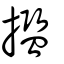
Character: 㩜